65_HS1-834228961_62-HQ-83894_Serial_164
Agency: FBI
Page 77
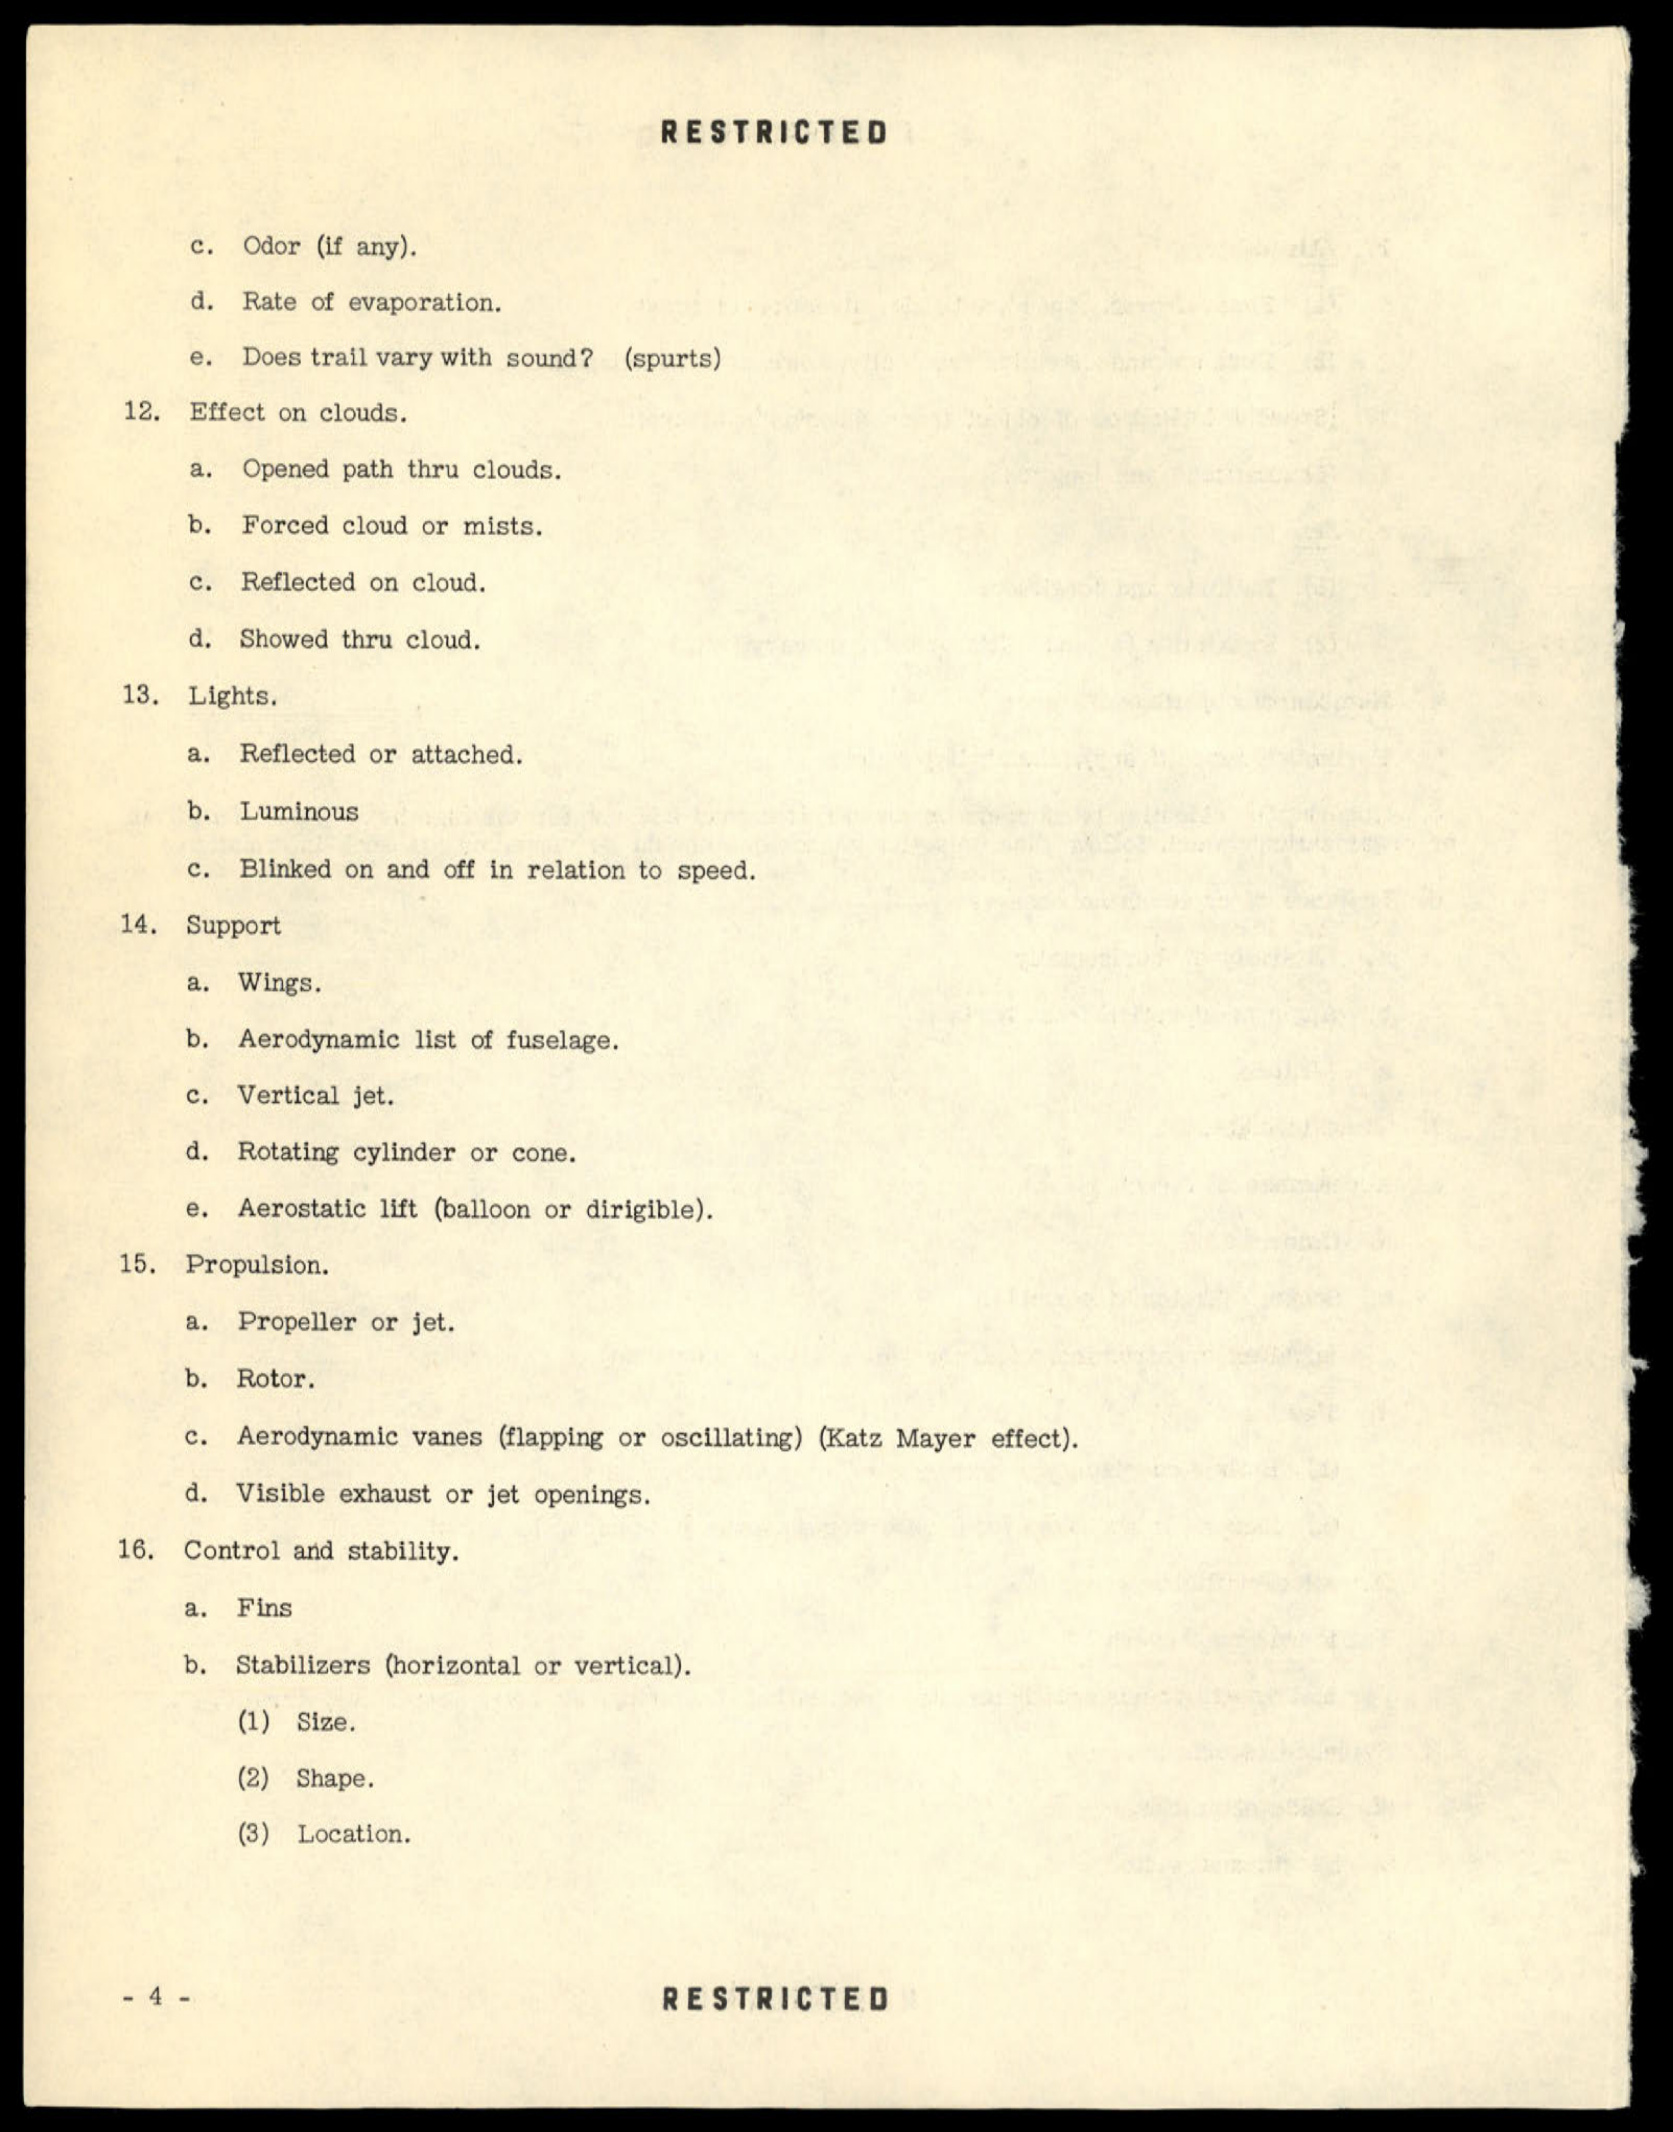